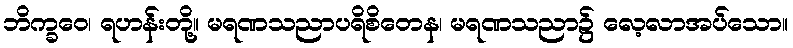
ဘိက္ခဝေ၊ ရဟန်းတို့။ မရဏသညာပရိစိတေန၊ မရဏသညာ၌ လေ့လာအပ်သော။